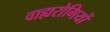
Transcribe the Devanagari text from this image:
वाह्यरोगियों